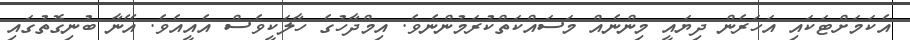
އެކަމަށްޓަަކައި އަހަރެން ދިޔައީ މިންނެއް މަސައްކަތްކުރަމުންނެވެ. އިމްދާހުގެ ހާލަކީވެސް އެއީއެވެ. އޭނާ ބުނިގޮތުގައި